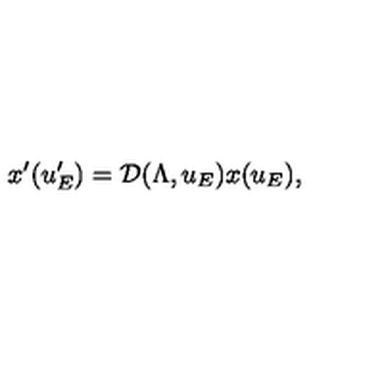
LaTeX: x ^ { \prime } ( u _ { E } ^ { \prime } ) = \mathcal { D } ( \Lambda , u _ { E } ) x ( u _ { E } ) ,